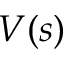
V ( s )